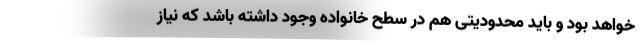
خواهد بود و باید محدودیتی هم در سطح خانواده وجود داشته باشد که نیاز